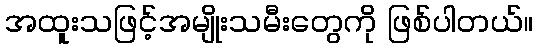
အထူးသဖြင့်အမျိုးသမီးတွေကို ဖြစ်ပါတယ်။